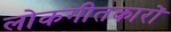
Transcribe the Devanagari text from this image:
लोकगीतकारों